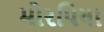
મોરપિયા